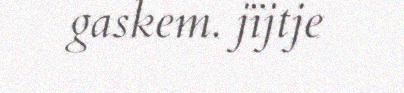
gaskem. jïjtje